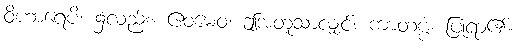
ဝိဟာရေပိ၊ ၌လည်း။ ဧဝမေဝ၊ ဤအတူသာလျှင်။ ကာတဗ္ဗံ၊ ပြုရာ၏။